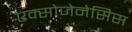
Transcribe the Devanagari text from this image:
एक्सोजेनेसिस